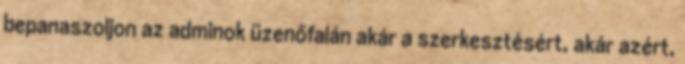
bepanaszoljon az adminok üzenőfalán akár a szerkesztésért, akár azért,